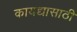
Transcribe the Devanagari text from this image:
कायद्यासाठी